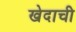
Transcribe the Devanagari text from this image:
खेदाची